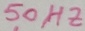
Text: 50HZ